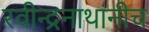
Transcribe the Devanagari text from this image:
रवीन्द्रनाथांनीच